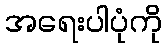
အရေးပါပုံကို